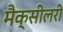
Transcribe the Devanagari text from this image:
मैक्सीलरी